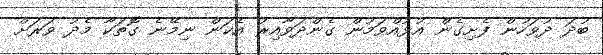
ބުދަ ދުވަހުން ފެށިގެން އުޅުއްވަމުން ގެންދަވާއިރު އެކަން ނިމޭނެ ގޮތަކާ މެދު ވަރަށް